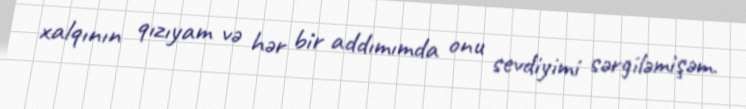
xalqının qızıyam və hər bir addımımda onu sevdiyimi sərgiləmişəm.